Annual report on the Civil Veterinary Department, Burma (including the Insein Veterinary School) - 1923-1931
Year: 1923
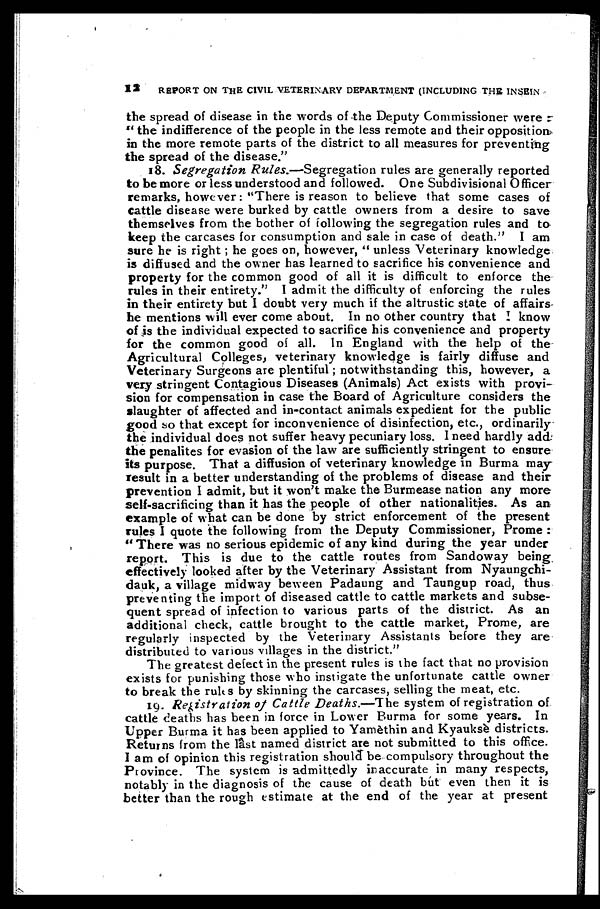
12
REPORT ON THE CIVIL VETERINARY DEPARTMENT (INCLUDING THE INSEIN
the spread of disease in the words of the Deputy Commissioner were :
"the indifference of the people in the less remote and their opposition
in the more remote parts of the district to all measures for preventing
the spread of the disease."
18. Segregation Rules.—Segregation
rules are generally reported
to be more or less understood and followed. One Subdivisional Officer
remarks, however: "There is reason to believe that some cases of
cattle disease were burked by cattle owners from a desire to save
themselves from the bother of following the segregation rules and to
keep the carcases for consumption and sale in case of death." I am
sure he is right; he goes on, however, " unless Veterinary knowledge
is diffused and the owner has learned to sacrifice his convenience and
property for the common good of all it is difficult to enforce the
rules in their entirety." I admit the difficulty of enforcing the rules
in their entirety but I doubt very much if the altrustic state of affairs-
he mentions will ever come about. In no other country that I know
of is the individual expected to sacrifice his convenience and property
for the common good of all. In England with the help of the
Agricultural Colleges, veterinary knowledge is fairly diffuse and
Veterinary Surgeons are plentiful; notwithstanding this, however, a
very stringent Contagious Diseases (Animals) Act exists with provi-
sion for compensation in case the Board of Agriculture considers the
slaughter of affected and in-contact animals expedient for the public
good so that except for inconvenience of disinfection, etc., ordinarily
the individual does not suffer heavy pecuniary loss. I need hardly add
the penalites for evasion of the law are sufficiently stringent to ensure
its purpose. That a diffusion of veterinary knowledge in Burma may
result in a better understanding of the problems of disease and their
prevention I admit, but it won't make the Burmease nation any more
self-sacrificing than it has the people of other nationalities. As an
example of what can be done by strict enforcement of the present
rules I quote the following from the Deputy Commissioner, Prome :
" There was no serious epidemic of any kind during the year under
report. This is due to the cattle routes from Sandoway being
effectively looked after by the Veterinary Assistant from Nyaungchi-
dauk, a village midway beween Padaung and Taungup road, thus
preventing the import of diseased cattle to cattle markets and subse-
quent spread of infection to various parts of the district. As an
additional check, cattle brought to the cattle market, Prome, are
regularly inspected by the Veterinary Assistants before they are
distributed to various villages in the district."
The greatest defect in the present rules is the fact that no provision
exists for punishing those who instigate the unfortunate cattle owner
to break the rules by skinning the carcases, selling the meat, etc.
19. Registration of Cattle Deaths.—The system of registration of
cattle deaths has been in force in Lower Burma for some years. In
Upper Burma it has been applied to Yamèthin and Kyauksè districts.
Returns from the last named district are not submitted to this office.
I am of opinion this registration should be compulsory throughout the
Province. The system is admittedly inaccurate in many respects,
notably in the diagnosis of the cause of death but even then it is
better than the rough estimate at the end of the year at present